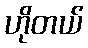
ဟိုတယ်